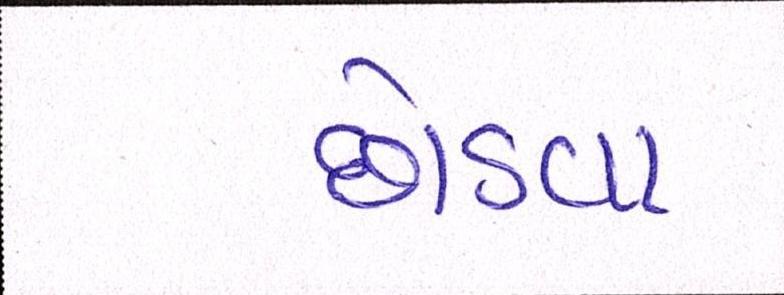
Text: છોડવા